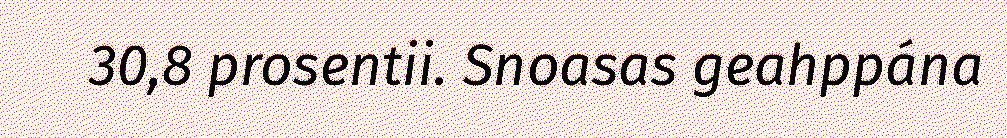
30,8 prosentii. Snoasas geahppána